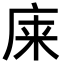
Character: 𫷬